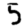
Digit: 5